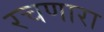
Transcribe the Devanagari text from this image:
रचणारा